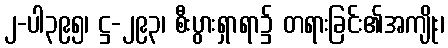
၂-ပါ၃၉၅၊ ဋ္ဌ-၂၉၃၊ စီးပွားရှာရာ၌ တရားခြင်း၏အကျိုး၊